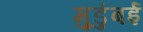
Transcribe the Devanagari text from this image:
मुडुंबई